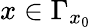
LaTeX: x\in\Gamma_{x_{0}}